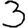
Digit: 3